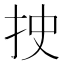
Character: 𰓐